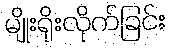
မျိုးရိုးလိုက်ခြင်း